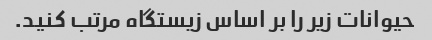
حیوانات زیر را بر اساس زیستگاه مرتب کنید.